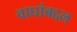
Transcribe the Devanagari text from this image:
वाघांबद्दल